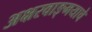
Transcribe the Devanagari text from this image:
अक्षरवाङ्‌मयाचे